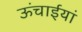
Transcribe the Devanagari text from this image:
ऊंचाईयां